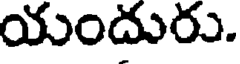
యందురు.